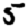
Digit: 5